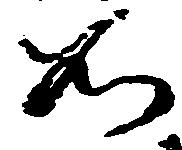
如